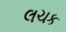
લચક